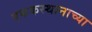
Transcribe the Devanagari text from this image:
एककस्थानाच्या